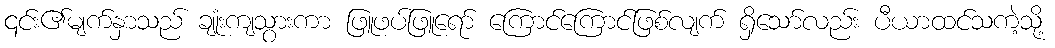
၎င်း၏မျက်နှာသည် ချုံးကျသွားကာ ဖြူဖပ်ဖြူရော် ကြောင်ကြောင်ဖြစ်လျက် ရှိသော်လည်း ပီယာထင်သကဲ့သို့